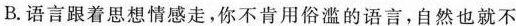
B.语言跟着思想情感走，你不肯用俗滥的语言，自然也就不